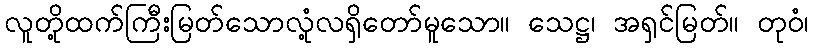
လူတို့ထက်ကြီးမြတ်သောလုံ့လရှိတော်မူသော။ သေဋ္ဌ၊ အရှင်မြတ်။ တုဝံ၊